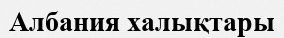
Албания халықтары